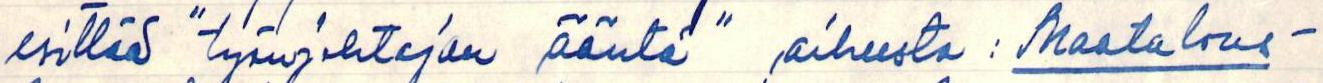
esittää "työnjohtajan ääntä" aiheesta: Maatalous -